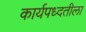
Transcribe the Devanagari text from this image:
कार्यपध्दतीला